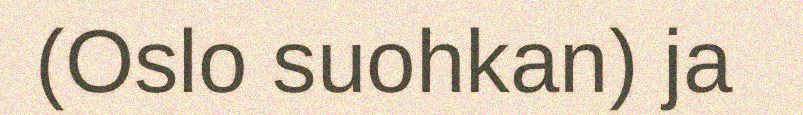
(Oslo suohkan) ja